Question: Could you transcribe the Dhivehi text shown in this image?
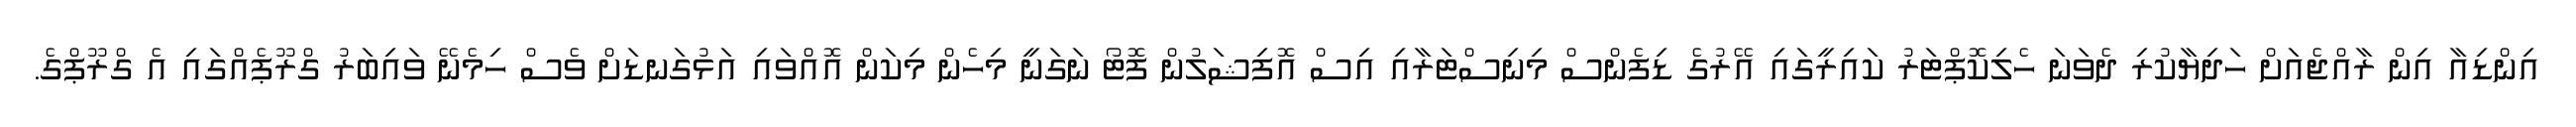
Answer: އިންޑިއާ އިން ރާއްޖެއަށް ހަދިޔާކުރި ދެވަނަ ހެލިކޮޕްޓަރު ކައިރީގައި އޭރުގެ ޑިފެންސް މިނިސްޓަރާއި އިސް އޮފިޝަލުން ފޮޓޯ ނަގަނީ މިހެން މިކަން އޮއްވައި އަޅުގަނޑަށް ވެސް ހިމެނޭ ވައިބަރު ގްރޫޕެއްގައި އެ ގްރޫޕްގެ.